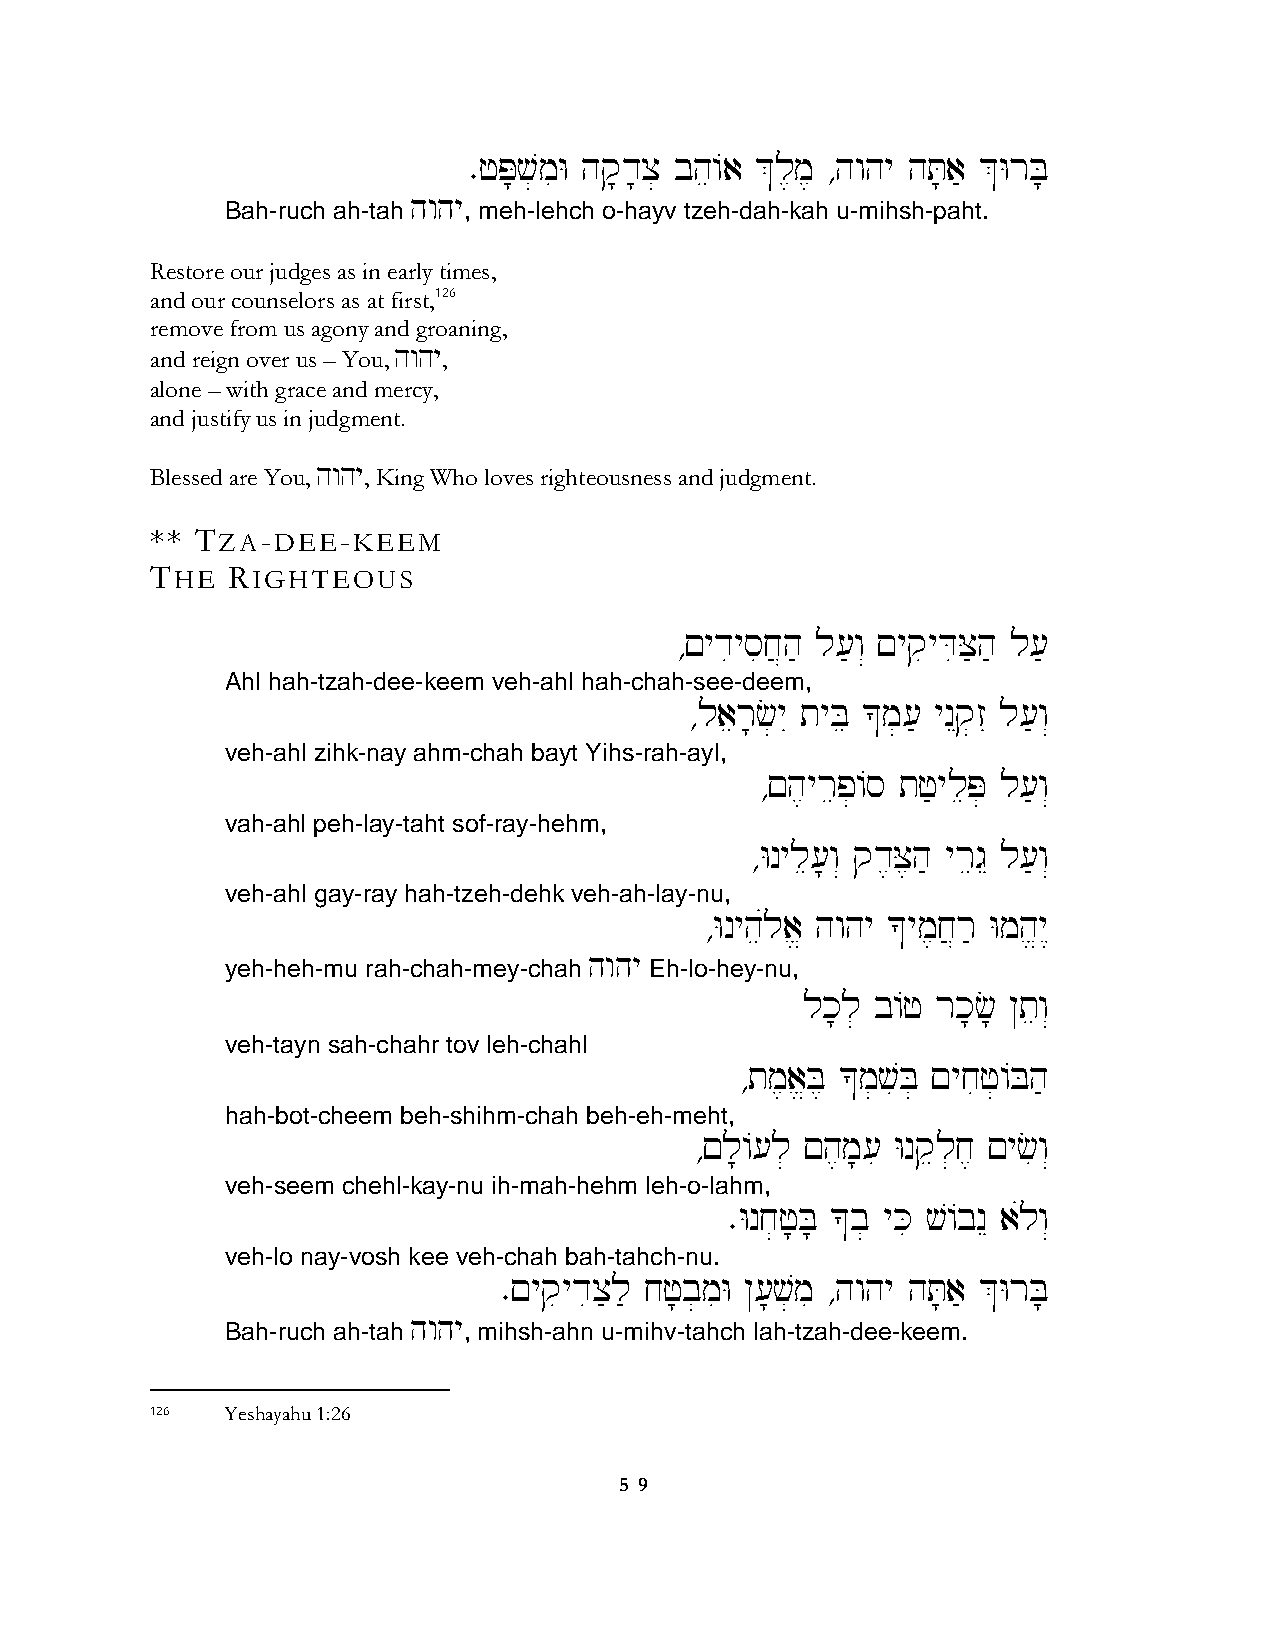
∑fP;v]miW hq;d;x] bhe/a &l,m, ∆hwhy hT;a' &WrB;
 hwhy
 Bah-ruch ah-tah , meh-lehch o-hayv tzeh-dah-kah u-mihsh-paht.
 Restore our judges as in early times,
 and our counselors as at first,126
 remove from us agony and groaning,
 and reign over us – You, hwhy,
 alone – with grace and mercy,
 and justify us in judgment.
 Blessed are You, hwhy, King Who loves righteousness and judgment.
 ** TZA-DEE-KEEM
 THE  RIGHTEOUS
 ∆!ydiysij}h' l['w“ !yqiyDiX'h' l['
 Ahl hah-tzah-dee-keem veh-ahl hah-chah-see-deem,
 ∆laer;c]yI tyBe *m][' ynEq]zI l['w“
 veh-ahl zihk-nay ahm-chah bayt Yihs-rah-ayl,
 ∆!h,yrep]/s tf'yleP] l['w“
 vah-ahl peh-lay-taht sof-ray-hehm,
 ∆Wnyle[;w“ qd,X,h' yregE l['w“
 veh-ahl gay-ray hah-tzeh-dehk veh-ah-lay-nu,
 ∆Wnyheúla> hwhy *ym,j}r' Wmh>y<
 hwhy
 yeh-heh-mu rah-chah-mey-chah Eh-lo-hey-nu,
 lk;l] b/f rk;c; @tew“
 veh-tayn sah-chahr tov leh-chahl
 ∆tm,a>B, *m]viB] !yjif]/Bh'
 hah-bot-cheem beh-shihm-chah beh-eh-meht,
 ∆!l;/[l] !h,m;[i Wnqel]j, !yciw“
 veh-seem chehl-kay-nu ih-mah-hehm leh-o-lahm,
 ∑Wnj]f;B; *b] yKi v/bnE aúlw“
 veh-lo nay-vosh kee veh-chah bah-tahch-nu.
 ∑!yqiydix'l' jf;b]miW @[;v]mi ∆hwhy hT;a' &WrB;
 hwhy
 Bah-ruch ah-tah , mihsh-ahn u-mihv-tahch lah-tzah-dee-keem.
 126  Yeshayahu 1:26
 5 9